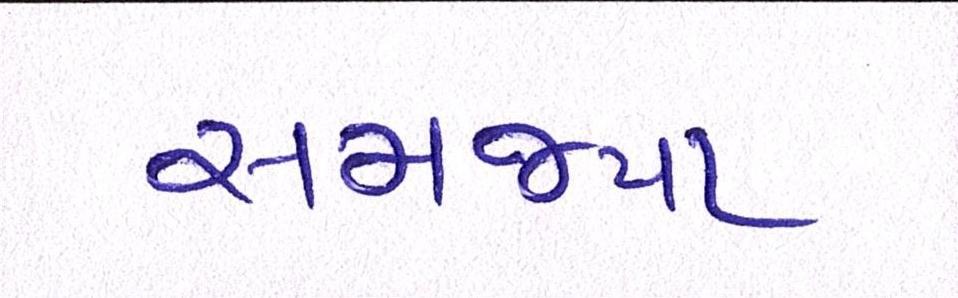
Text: સમજ્યા